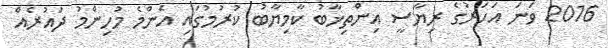
2016 ވަނަ އަހަރުގެ ރިޔާސީ އިންތިޚާބު ކާމިޔާބު ކުރުމުގައި އެންމެ މުހިންމު ދައުރެއް